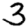
Digit: 3